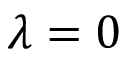
\lambda = 0